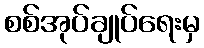
စစ်အုပ်ချုပ်ရေးမှ